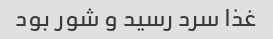
غذا سرد رسید و شور بود